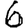
Digit: 6